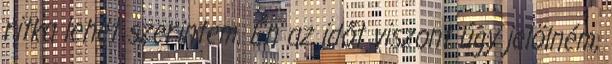
ritka lehet szerintem. Én az időt viszont úgy jelölném,